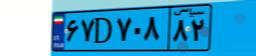
۳۵D۱۰۳۸۱